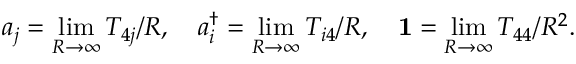
a _ { j } = \operatorname * { l i m } _ { R \to \infty } T _ { 4 j } / R , \quad a _ { i } ^ { \dag } = \operatorname * { l i m } _ { R \to \infty } T _ { i 4 } / R , \quad { \bf 1 } = \operatorname * { l i m } _ { R \to \infty } T _ { 4 4 } / R ^ { 2 } .